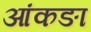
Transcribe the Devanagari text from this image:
आंकङा